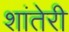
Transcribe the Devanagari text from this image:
शांतेरी